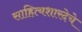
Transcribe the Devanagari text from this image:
साहित्यशारदेचे